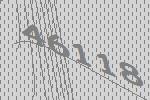
46118